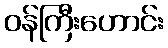
ဝန်ကြီးဟောင်း